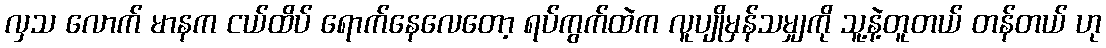
လှသ လောက် မာနက ငယ်ထိပ် ရောက်နေလေတော့ ရပ်ကွက်ထဲက လူပျိုမှန်သမျှကို သူ့နဲ့တူတယ် တန်တယ် ဟု